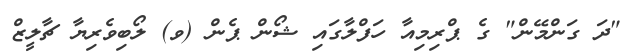
"ދަ ގަންމޭން" ގެ ޕްރިމިއާ ހަފްލާގައި ޝޯން ޕެން (ވ) ލޯބިވެރިޔާ ޗާލީޒް